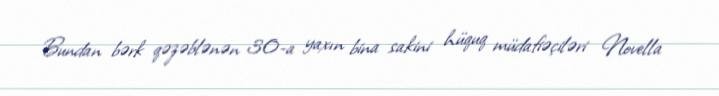
Bundan bərk qəzəblənən 30-a yaxın bina sakini hüquq müdafiəçiləri Novella